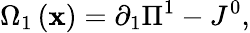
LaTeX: \Omega_{1}\left(\mathbf{x}\right)=\partial_{1}\Pi^{1}-J^{0},